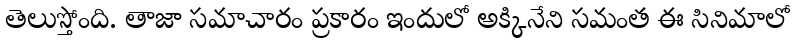
తెలుస్తోంది. తాజా సమాచారం ప్రకారం ఇందులో అక్కినేని సమంత ఈ సినిమాలో